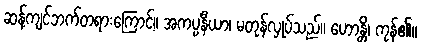
ဆန့်ကျင်ဘက်တရားကြောင့်။ အကပ္ပနီယာ၊ မတုန်လှုပ်သည်။ ဟောန္တိ၊ ကုန်၏။